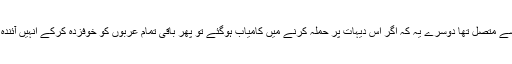
اس کی دو وجوہات تھیں ایک تو یہ کہ یہ دیہات یورو شلم سے متصل تھا دوسرے یہ کہ اگر اس دیہات پر حملہ کرنے میں کامیاب ہوگئے تو پھر باقی تمام عربوں کو خوفزدہ کرکے انہیں آئندہ کی مملکت اسرائیل سے ہمیشہ کے لئے بھگایا جاسکے گا۔